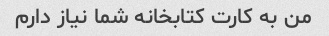
من به کارت کتابخانه شما نیاز دارم